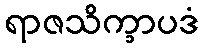
ရာဇသိက္ခာပဒံ